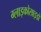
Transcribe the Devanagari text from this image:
ग्लाइकोसाइडों